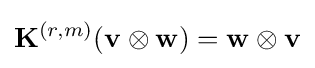
\mathbf {K} ^{(r,m)}(\mathbf {v} \otimes \mathbf {w} )=\mathbf {w} \otimes \mathbf {v}